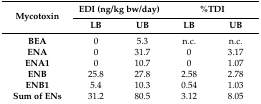
| <ROWSPAN=2> Mycotoxin | <COLSPAN=2> EDI (ng/kg bw/day) | <COLSPAN=2> %TDI |
 | LB | UB | LB | UB |
 | --- | --- | --- | --- | --- |
 | BEA | 0 | 5.3 | n.c. | n.c. |
 | ENA | 0 | 31.7 | 0 | 3.17 |
 | ENA1 | 0 | 10.7 | 0 | 1.07 |
 | ENB | 25.8 | 27.8 | 2.58 | 2.78 |
 | ENB1 | 5.4 | 10.3 | 0.54 | 1.03 |
 | Sum of ENs | 31.2 | 80.5 | 3.12 | 8.05 |